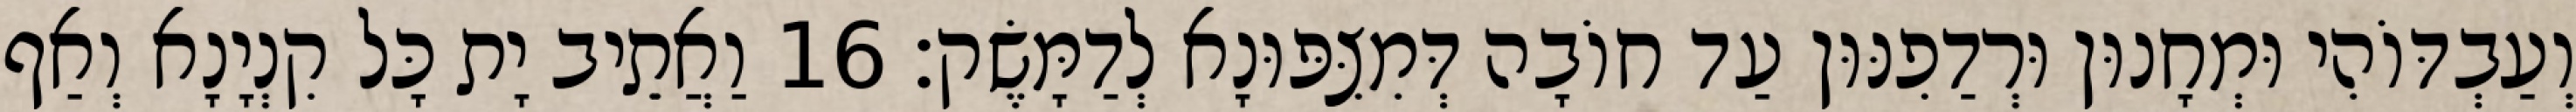
וְעַבְדּוֹהִי וּמְחָנוּן וּרְדַפִנּוּן עַד חוֹבָה דְּמִצִּפּוּנָא לְדַמָּשֶׂק׃ 16 וַאֲתֵיב יָת כָּל קִנְיָנָא וְאַף